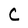
Character: c